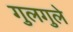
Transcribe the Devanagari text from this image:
गुलगुले